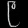
Digit: ၉